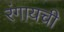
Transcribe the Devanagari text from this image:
रंगायची